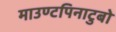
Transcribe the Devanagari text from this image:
माउण्टपिनाटुबो